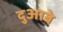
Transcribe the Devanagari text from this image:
दुआबे